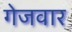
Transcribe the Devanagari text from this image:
गेजवार